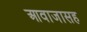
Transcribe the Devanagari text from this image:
आवाजासह